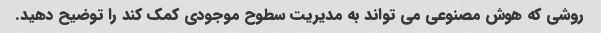
روشی که هوش مصنوعی می تواند به مدیریت سطوح موجودی کمک کند را توضیح دهید.